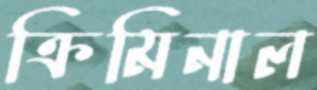
ক্রিমিনাল